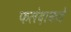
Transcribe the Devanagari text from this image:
फलंदाकडे